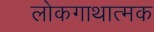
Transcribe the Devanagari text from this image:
लोकगाथात्मक